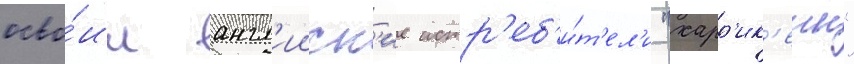
осво́ил англ'ииск'ие истр'еб'и́т'ел'и "харр'ик'еин"